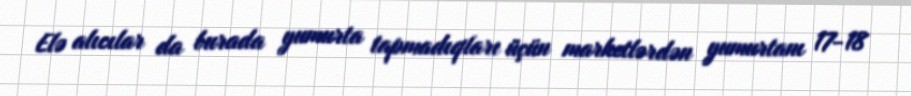
Elə alıcılar da burada yumurta tapmadıqları üçün marketlərdən yumurtanı 17-18